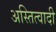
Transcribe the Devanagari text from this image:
अस्तित्वादी